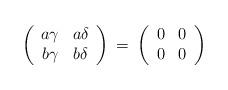
LaTeX: \begin{align*}\left( \begin{array}{cc}a\gamma & a\delta \\b\gamma & b\delta \end{array} \right) \: = \:\left( \begin{array}{cc}0 & 0 \\0 & 0 \end{array} \right)\end{align*}